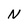
Character: N